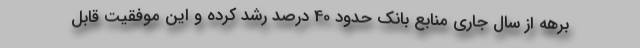
برهه از سال جاری منابع بانک حدود 40 درصد رشد کرده و این موفقیت قابل